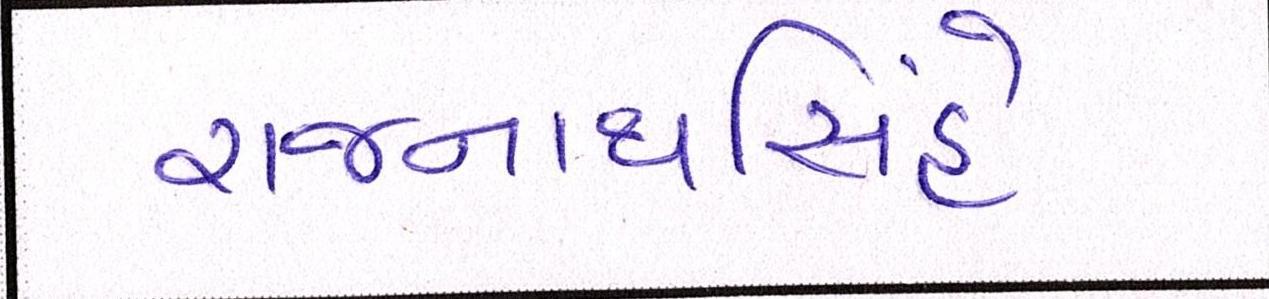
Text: રાજનાથસિંહે